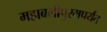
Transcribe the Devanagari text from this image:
महाबलीपुरमपर्यंत